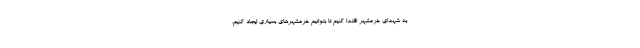
به شهدای خرمشهر اقتدا کنیم تا بتوانیم خرمشهرهای بسیاری ایجاد کنیم.